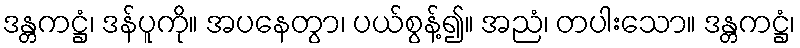
ဒန္တကဋ္ဌံ၊ ဒန်ပူကို။ အပနေတွာ၊ ပယ်စွန့်၍။ အညံ၊ တပါးသော။ ဒန္တကဋ္ဌံ၊